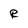
Character: R